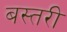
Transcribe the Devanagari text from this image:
बस्तरी